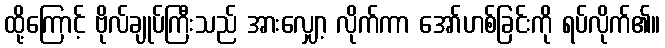
ထို့ကြောင့် ဗိုလ်ချုပ်ကြီးသည် အားလျှော့ လိုက်ကာ အော်ဟစ်ခြင်းကို ရပ်လိုက်၏။